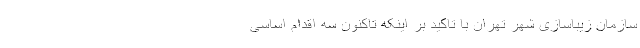
سازمان زیباسازی شهر تهران با تاکید بر اینکه تاکنون سه اقدام اساسی